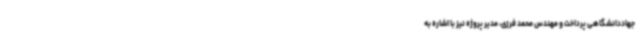
جهاددانشگاهی پرداخت و مهندس محمد فرزی، مدیر پروژه نیز با اشاره به